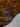
لا